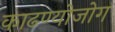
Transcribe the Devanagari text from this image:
काढण्योजोग